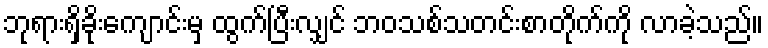
ဘုရားရှိခိုးကျောင်းမှ ထွက်ပြီးလျှင် ဘဝသစ်သတင်းစာတိုက်ကို လာခဲ့သည်။